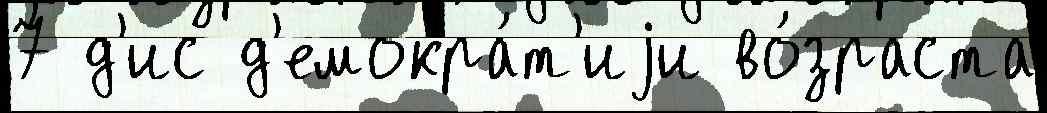
7 д'ис д'емокра́т'иjи во́зраста